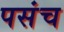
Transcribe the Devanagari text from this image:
पसंच